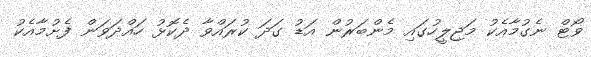
ވޯޓް ނެގުމާއެކު މަޖިލީހުގައި މެންބަރުން އަޑު ގަދަ ކުރައްވާ ދެކޮޅު ހައްދަވަން ފެށުމާއެކު